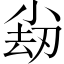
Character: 𡮊